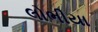
લોભીયા